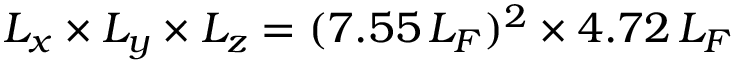
L _ { x } \times L _ { y } \times L _ { z } = ( 7 . 5 5 \, L _ { F } ) ^ { 2 } \times 4 . 7 2 \, L _ { F }